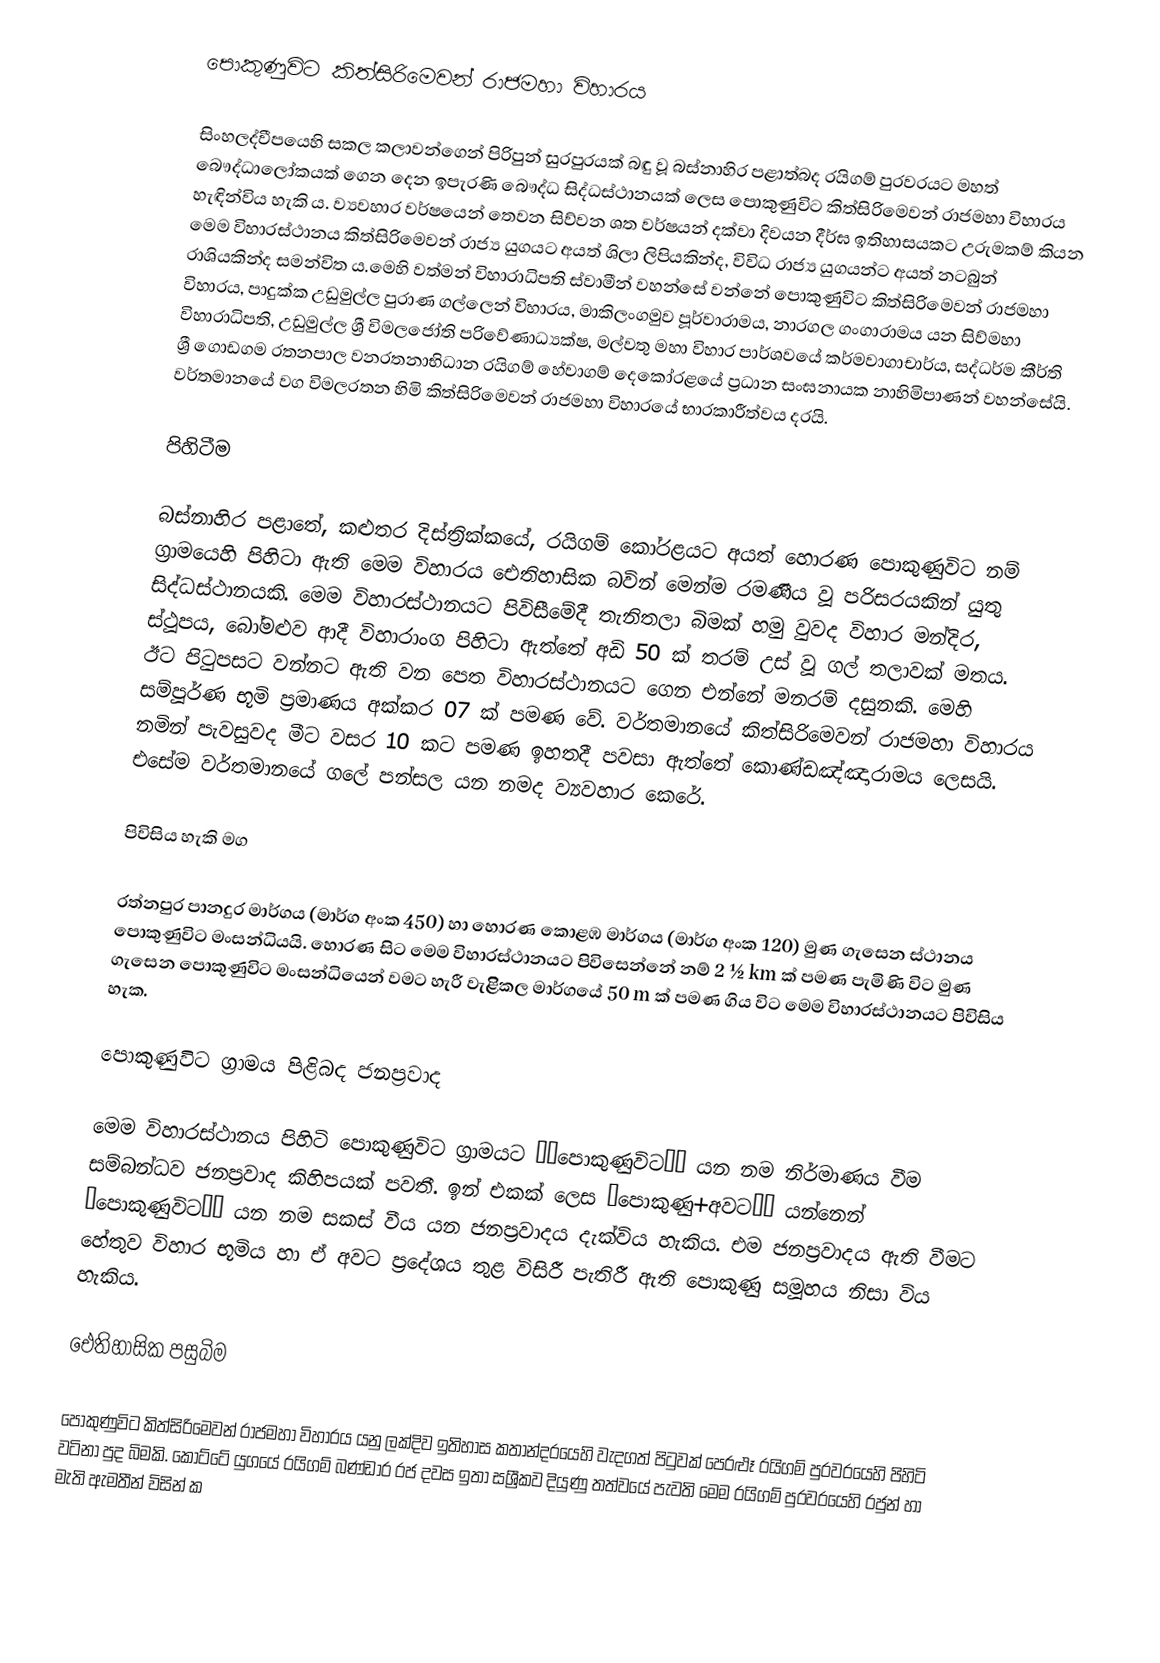
පොකුණුවිට කිත්සිරිමෙවන් රාජමහා විහාරය

සිංහලද්වීපයෙහි සකල කලාවන්ගෙන් පිරිපුන් සුරපුරයක් බඳු වූ බස්නාහිර පළාත්බද රයිගම් පුරවරයට මහත් බෞද්ධාලෝකයක් ගෙන දෙන ඉපැරණි බෞද්ධ සිද්ධස්ථානයක් ලෙස පොකුණුවිට කිත්සිරිමෙවන් රාජමහා විහාරය හැඳින්විය හැකි ය. ව්‍යවහාර වර්ෂයෙන් තෙවන සිව්වන ශත වර්ෂයන් දක්වා දිවයන දීර්ඝ ඉතිහාසයකට උරුමකම් කියන මෙම විහාරස්ථානය කිත්සිරිමෙවන් රාජ්‍ය යුගයට අයත් ශිලා ලිපියකින්ද, විවිධ රාජ්‍ය යුගයන්ට අයත් නටබුන් රාශියකින්ද සමන්විත ය.මෙහි වත්මන් විහාරාධිපති ස්වාමීන් වහන්සේ වන්නේ පොකුණුවිට කිත්සිරිමෙවන් රාජමහා විහාරය, පාදුක්ක උඩුමුල්ල පුරාණ ගල්ලෙන් විහාරය, මාකිලංගමුව පූර්වාරාමය, නාරගල ගංගාරාමය යන සිව්මහා විහාරාධිපති, උඩුමුල්ල ශ්‍රී විමලජෝති පරිවේණාධ්‍යක්ෂ, මල්වතු මහා විහාර පාර්ශවයේ කර්මවාගාචාර්ය, සද්ධර්ම කීර්ති ශ්‍රී ගොඩගම රතනපාල වනරතනාභිධාන රයිගම් හේවාගම් දෙකෝරළයේ ප්‍රධාන සංඝනායක නාහිමිපාණන් වහන්සේයි. වර්තමානයේ වග විමලරතන හිමි කිත්සිරිමෙවන් රාජමහා විහාරයේ භාරකාරීත්වය දරයි.

පිහිටීම

බස්නාහිර පළාතේ, කළුතර දිස්ත්‍රික්කයේ, රයිගම් කෝරළයට අයත් හොරණ පොකුණුවිට නම් ග්‍රාමයෙහි පිහිටා ඇති මෙම විහාරය ඓතිහාසික බවින් මෙන්ම රමණීය වූ පරිසරයකින් යුතු සිද්ධස්ථානයකි. මෙම විහාරස්ථානයට පිවිසීමේදී තැනිතලා බිමක් හමු වුවද විහාර මන්දිර, ස්ථූපය, බෝමළුව ආදී විහාරාංග පිහිටා ඇත්තේ අඩි 50 ක් තරම් උස් වූ ගල් තලාවක් මතය. ඊට පිටුපසට වන්නට ඇති වන පෙත විහාරස්ථානයට ගෙන එන්නේ මනරම් දසුනකි. මෙහි සම්පූර්ණ භූමි ප්‍රමාණය අක්කර 07 ක් පමණ වේ. වර්තමානයේ කිත්සිරිමෙවන් රාජමහා විහාරය නමින් පැවසුවද මීට වසර 10 කට පමණ ඉහතදී පවසා ඇත්තේ කොණ්ඩඤ්ඤාරාමය ලෙසයි. එසේම වර්තමානයේ ගලේ පන්සල යන නමද ව්‍යවහාර කෙරේ.

පිවිසිය හැකි මග

රත්නපුර පානදුර මාර්ගය (මාර්ග අංක 450) හා හොරණ කොළඹ මාර්ගය (මාර්ග අංක 120) මුණ ගැසෙන ස්ථානය පොකුණුවිට මංසන්ධියයි. හොරණ සිට මෙම විහාරස්ථානයට පිවිසෙන්නේ නම් 2 ½  km ක් පමණ පැමිණි විට මුණ ගැසෙන පොකුණුවිට මංසන්ධියෙන් වමට හැරී වැළිිකල මාර්ගයේ 50 m ක් පමණ ගිය විට මෙම විහාරස්ථානයට පිවිසිය හැක.

පොකුණුවිට ග්‍රාමය පිළිබද ජනප්‍රවාද

මෙම විහාරස්ථානය පිහිටි පොකුණුවිට ග්‍රාමයට ‘’පොකුණුවිට’’ යන නම නිර්මාණය වීම සම්බන්ධව ජනප්‍රවාද කිහිපයක් පවතී. ඉන් එකක් ලෙස “පොකුණු+අවට’’ යන්නෙන් “පොකුණුවිට’’ යන නම සකස් වීය යන ජනප්‍රවාදය දැක්විය හැකිය. එම ජනප්‍රවාදය ඇති වීමට හේතුව විහාර භූමිය හා ඒ අවට ප්‍රදේශය තුළ විසිරී පැතිරී ඇති පොකුණු සමූහය නිසා විය හැකිය.

ඓතිහාසික පසුබිම

පොකුණුවිට කිත්සිරිමෙවන් රාජමහා විහාරය යනු ලක්දිව ඉතිහාස කතාන්දරයෙහි වැදගත් පිටුවක් පෙරළුෑ රයිගම් පුරවරයෙහි පිහිටි වටිනා පුද බිමකි. කෝට්ටේ යුගයේ රයිගම් බණ්ඩාර රජ දවස ඉතා සශ්‍රීකව දියුණු තත්වයේ පැවති මෙම රයිගම් පුරවරයෙහි රජුන් හා මැති ඇමතීන් විසින් ක